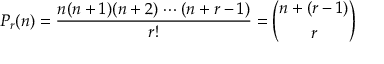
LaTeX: P _ { r } ( n ) = { \frac { n ( n + 1 ) ( n + 2 ) \cdots ( n + r - 1 ) } { r ! } } = { \binom { n + ( r - 1 ) } { r } }